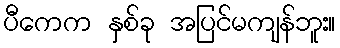
ပီကေက နှစ်ခု အပြင်မကျန်ဘူး။